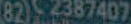
822387407